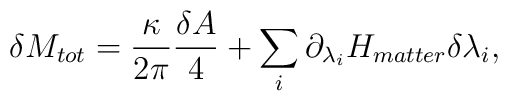
\delta M_{tot}={\kappa\over 2\pi}{\delta A\over 4} + \sum_i\partial_{\lambda_i}H_{matter}\delta\lambda_i,